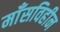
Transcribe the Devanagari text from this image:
माँसविहीन